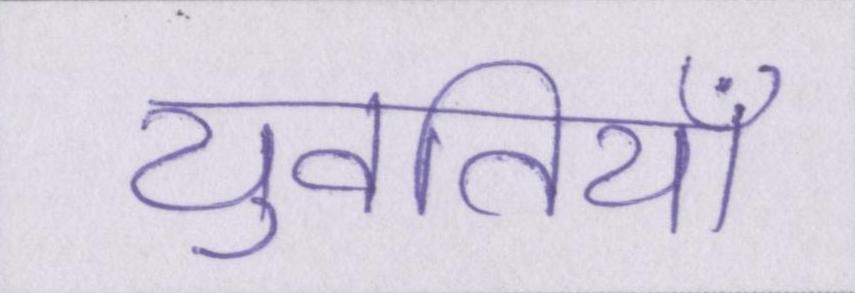
युवतियाँ